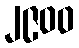
၂၉၀၀